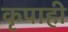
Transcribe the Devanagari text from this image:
कृपाही